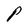
Character: P